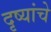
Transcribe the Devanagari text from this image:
दृष्यांचे